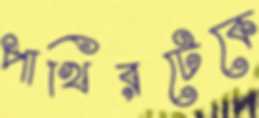
পাখিরটেকে